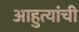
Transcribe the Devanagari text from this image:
आहुत्यांची